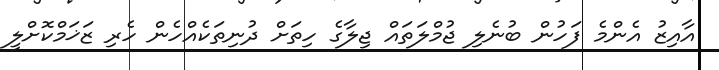
އާއިޒު އެންމެ ފަހުން ބުނެލި ޖުމްލަތައް ޖިލާގެ ހިތަށް ދުނިތަކެއްހެން ހެރި ޒަޚަމްކޮށްލީ